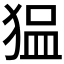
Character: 𰡖